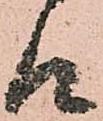
候